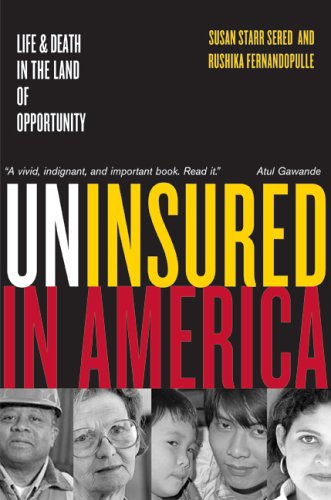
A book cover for Uninsured in America: Life and Death in the Land of Opportunity; Susan Sered; Business & Money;